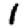
Digit: 1